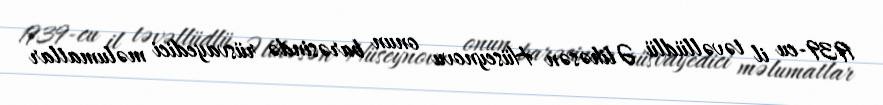
1939-cu il təvəllüdlü Əlihəsən Hüseynovu onun barəsində rüsvayedici məlumatlar